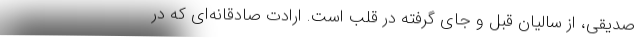
صدیقی، از سالیان قبل و جای گرفته در قلب است. ارادت صادقانه‌ای که در